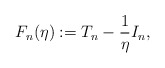
\begin{align*}F_n(\eta) : = T_n - \frac{1}{\eta}I_n,\end{align*}